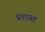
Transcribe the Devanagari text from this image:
प्रशाम्त